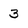
Character: 3